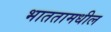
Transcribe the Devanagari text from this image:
भाततामधील